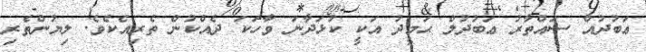
ޢަބުދުއް ސައްތާރު ޢަބުދުލް ޙަމީދު އަކީ ކުޅަދާނަ ވާހަކަ ދެއްކުން ތެރިއެކެވެ. ލިޔުންތެރި